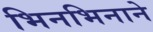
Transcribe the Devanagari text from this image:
भिनभिनाने